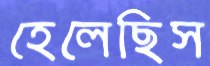
হেলেছিস